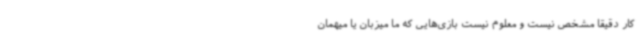
کار دقیقا مشخص نیست و معلوم نیست بازی‌هایی که ما میزبان یا میهمان